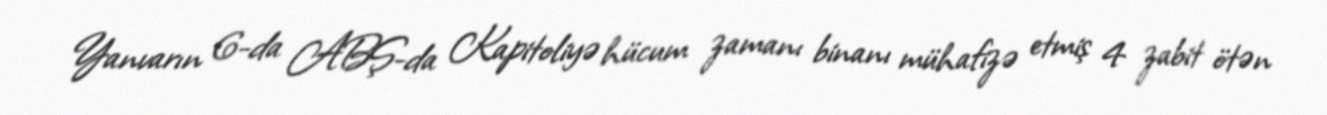
Yanvarın 6-da ABŞ-da Kapitoliyə hücum zamanı binanı mühafizə etmiş 4 zabit ötən